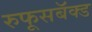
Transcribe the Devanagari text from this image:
रुफूसबॅक्ड